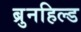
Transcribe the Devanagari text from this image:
ब्रुनहिल्ड